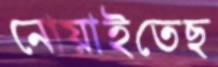
নোয়াইতেছ